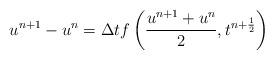
LaTeX: \begin{align*} u^{n+1} - u^{n} = \Delta t f \left(\frac{u^{n+1} + u^{n}}{2}, t^{n+\frac{1}{2}} \right)\end{align*}